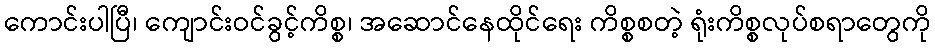
ကောင်းပါပြီ၊ ကျောင်းဝင်ခွင့်ကိစ္စ၊ အဆောင်နေထိုင်ရေး ကိစ္စစတဲ့ ရုံးကိစ္စလုပ်စရာတွေကို